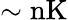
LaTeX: \sim\mathrm{{nK}}